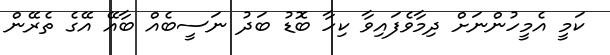
ކަމީ އެމީހުންނަށް ދިމާވެފައިވާ ކިހާ ބޮޑު ބަދު ނަސީބެއް ބާއޭ އޭގެ ތެރޭން